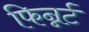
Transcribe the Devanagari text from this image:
फिन्नर्ट